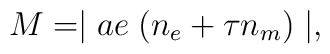
M= \mid ae \; (n_{e}+ \tau n_{m}) \mid,